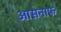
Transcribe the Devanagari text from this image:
आसनाफ